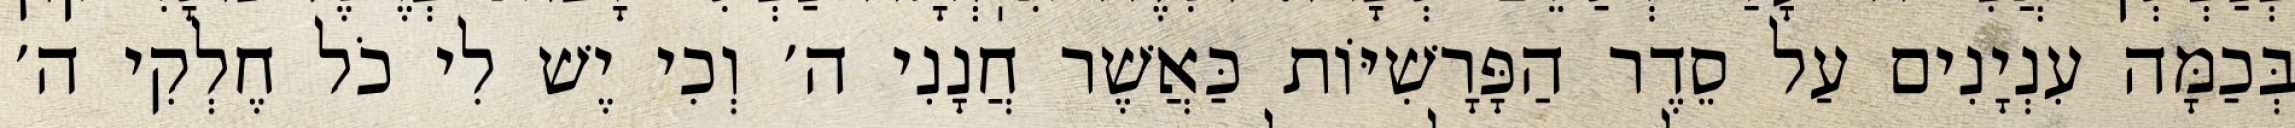
בְּכַמָּה עִנְיָנִים עַל סֵדֶר הַפָּרָשִׁיּוֹת כַּאֲשֶׁר חֲנָנִי ה׳ וְכִי יֶשׁ לִי כֹל חֶלְקִי ה׳